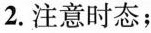
2.注意时态；